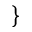
\}